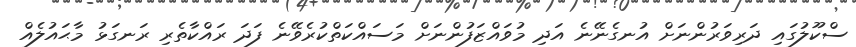
ސްކޫލުގައި ދަރިވަރުންނަށް އުނގެނޭނެ އަދި މުވައްޒަފުންނަށް މަސައްކަތްކުރެވޭނެ ފަދަ ރައްކާތެރި ރަނގަޅު މާޙައުލެއް